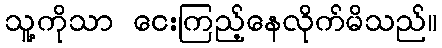
သူ့ကိုသာ ငေးကြည့်နေလိုက်မိသည်။